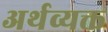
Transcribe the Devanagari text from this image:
अर्थव्यक्त